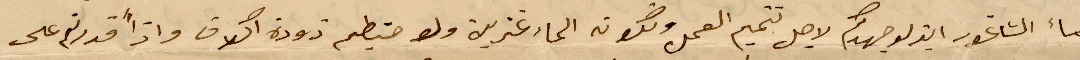
ماء الشاغور ايدلو جهدكم لاجل تتميم العمل ولكونه الماء عزير ولو حتيطم ذودة اكلاف واذًا قدرتم على